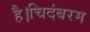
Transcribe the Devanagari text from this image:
है।चिदंबरम